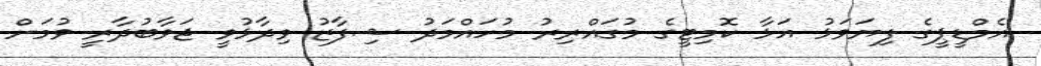
އެމްޑީޕީގެ ފިޔަވަޅު އަޅާ ކޮމިޓީގެ މުގައްރިރު މުހައްމަދު ޝިފާޒު ވިދާޅުވީ ޖަވާބުދާރީ ވުމަށް